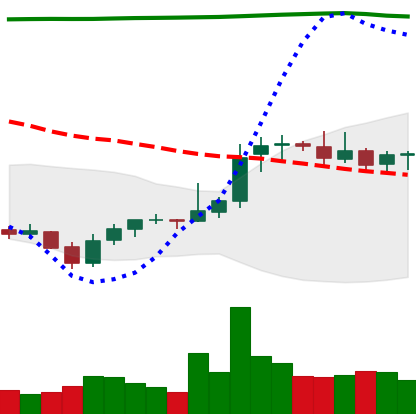
Ticker: XRP-USD
Chart end date: 2021-08-05
Forward return: 16.108%
Label: up_7plus